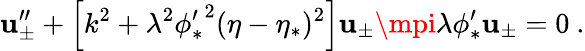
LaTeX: \mathbf{u}_{\pm}^{\prime\prime}+\left[k^{2}+\lambda^{2}{\phi_{*}^{\prime}}^{2}(\eta-\eta_{*})^{2}\right]\mathbf{u}_{\pm}\mpi\lambda\phi_{*}^{\prime}\mathbf{u}_{\pm}=0\ .